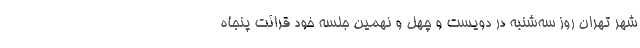
شهر تهران روز سه‌شنبه در دویست و چهل و نهمین جلسه خود قرائت پنجاه